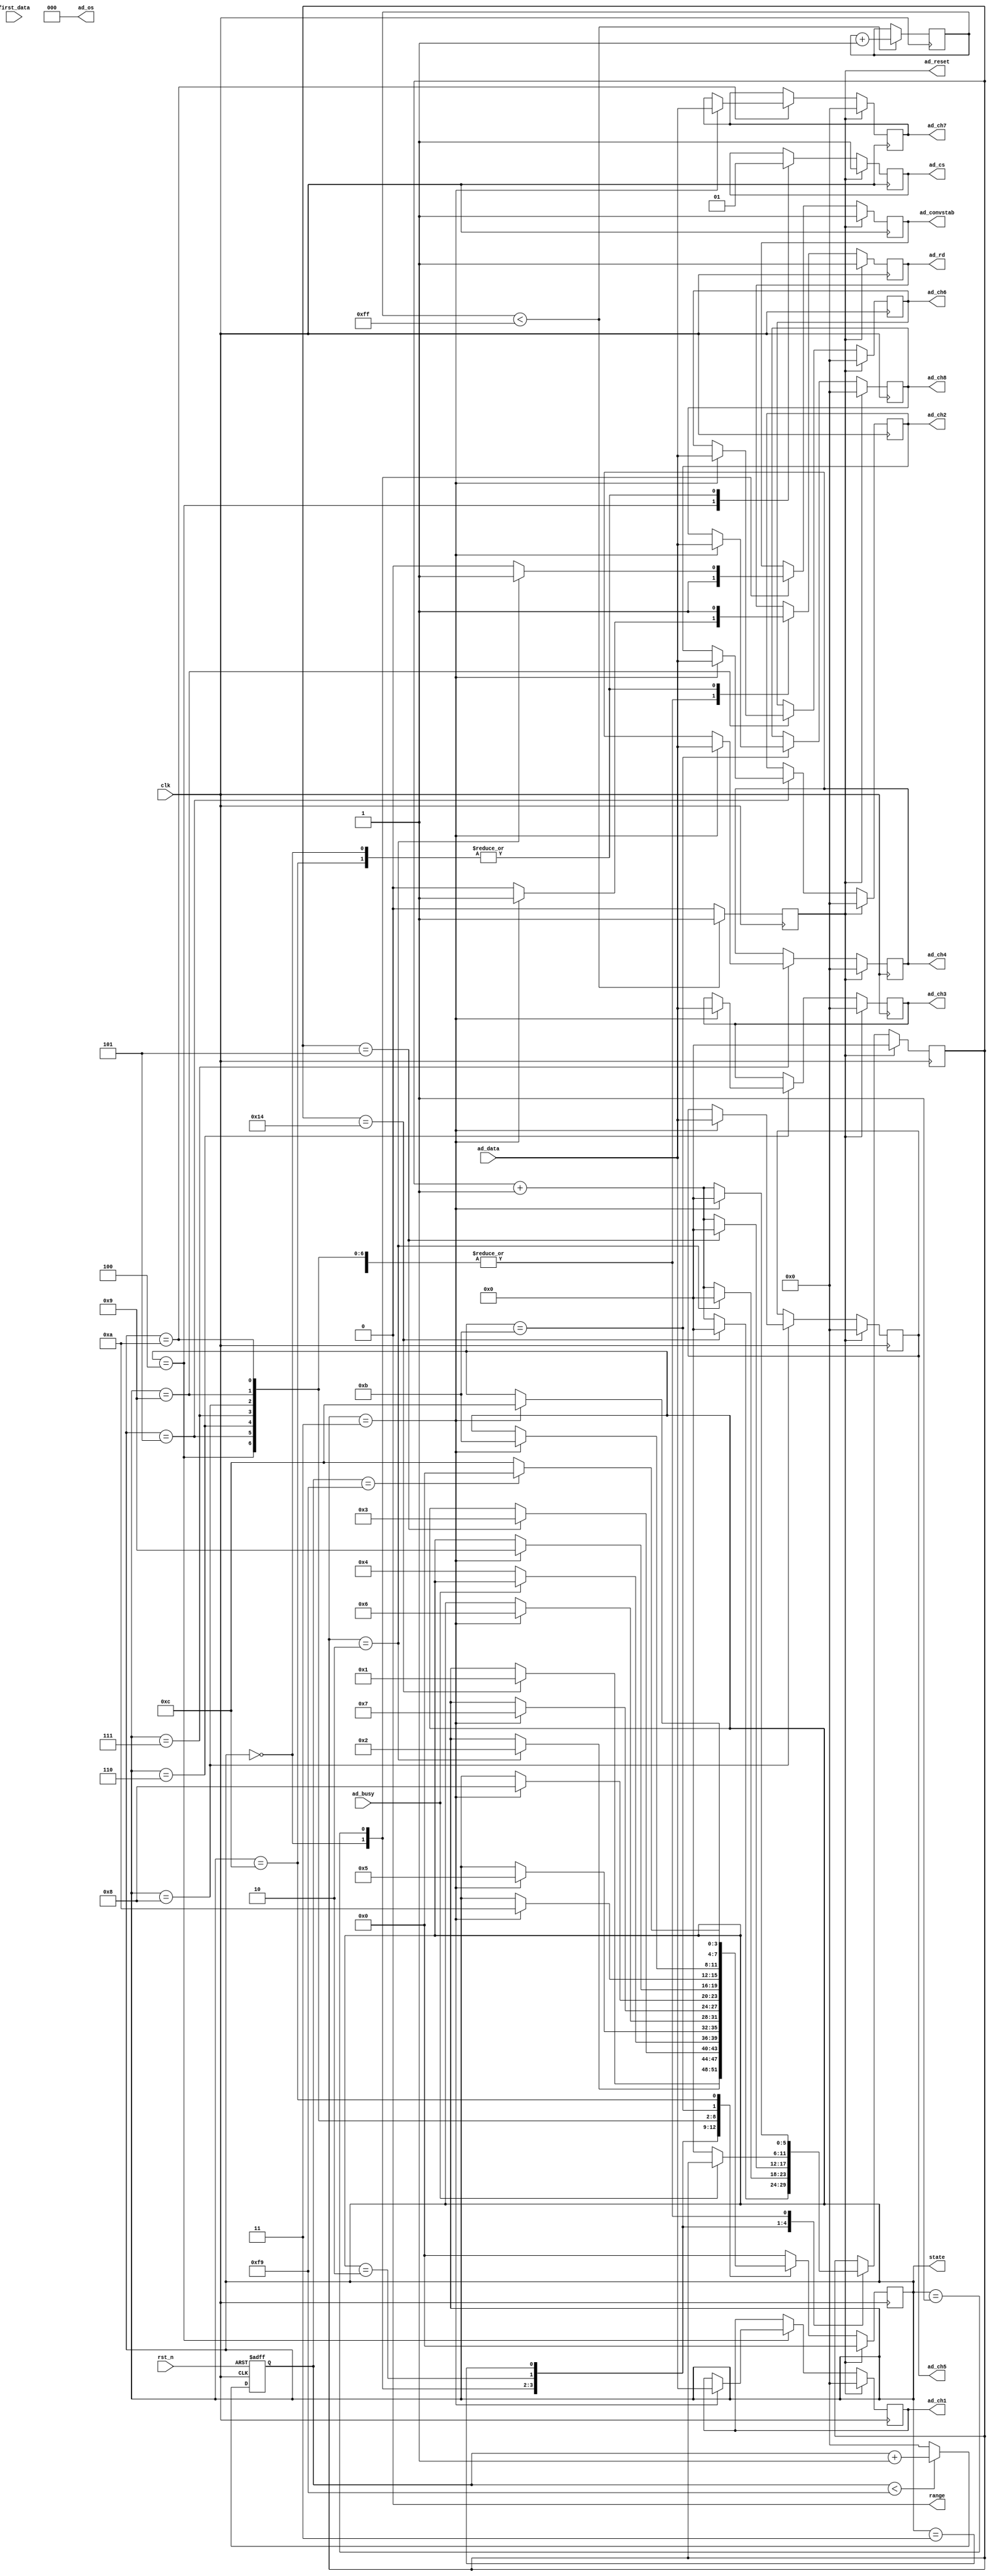
`timescale 1ns / 1ns
//////////////////////////////////////////////////////////////////////////////////
// Module Name:    ad7606 
//////////////////////////////////////////////////////////////////////////////////
module ad7606_qudong(
   input        		clk,                  //50mhz
	input        		rst_n,
	
	input [15:0] 		ad_data,            //ad7606 
	input        		ad_busy,            //ad7606 
   input        		first_data,         //ad7606   
	
	output [2:0] 		ad_os,              //ad7606 
	output reg   		ad_cs,              //ad7606 AD cs
	output reg   		ad_rd,              //ad7606 AD data read
	output reg   		ad_reset,           //ad7606 AD reset
	output reg   		ad_convstab,         //ad7606 AD convert start
	output				range,				// -5 ~ +5v
	
	
	output reg [15:0]   ad_ch1,              //AD1
	output reg [15:0]   ad_ch2,              //AD2
	output reg [15:0]   ad_ch3,              //AD3
	output reg [15:0]   ad_ch4,              //AD4
	output reg [15:0]   ad_ch5,              //AD5
	output reg [15:0]   ad_ch6,              //AD6
	output reg [15:0]   ad_ch7,              //AD7
	output reg [15:0]   ad_ch8,              //AD8	
	output reg  [3:0]  state
			
	//output reg [3:0] cnt
 
    );


assign		range = 1'b0;
reg [7:0] cnt = 0 ;
reg [15:0] cnt50us = 0;
reg [5:0] i;
//reg [3:0] state;

parameter IDLE=4'd0;
parameter AD_CONV=4'd1;
parameter Wait_1=4'd2;
parameter Wait_busy=4'd3;
parameter READ_CH1=4'd4;
parameter READ_CH2=4'd5;
parameter READ_CH3=4'd6;
parameter READ_CH4=4'd7;
parameter READ_CH5=4'd8;
parameter READ_CH6=4'd9;
parameter READ_CH7=4'd10;
parameter READ_CH8=4'd11;
parameter READ_DONE=4'd12;
//parameter display=4'd13;

assign ad_os=3'b000;  //

//ad
always@(posedge clk)
 begin
    if(cnt<8'hff) begin
        cnt<=cnt+1'b1;
        ad_reset<=1'b1;
      end
      else
        ad_reset<=1'b0;  //ffad_reset     
   end
	
//	200K
always @(posedge clk or negedge rst_n) //50usad20K		//8
	begin
		if(rst_n == 0)
			cnt50us <= 0;
		else begin 				//20k	2499
			if(cnt50us < 16'd249)			//200k
				begin
					cnt50us <= cnt50us + 1'b1;
				end
			else
				cnt50us <= 0;
			end
	end

always @(posedge clk) 
 begin
	 if (ad_reset==1'b1) begin   //ad
			 state<=IDLE; 
			 ad_ch1<=0;
			 ad_ch2<=0;
			 ad_ch3<=0;
			 ad_ch4<=0;
			 ad_ch5<=0;
			 ad_ch6<=0;
			 ad_ch7<=0;
			 ad_ch8<=0;
			 ad_cs<=1'b1;
			 ad_rd<=1'b1; 
			 ad_convstab<=1'b1;   //8
			 i<=0;
	 end		 
	 else begin
		  case(state)     //need time:(20+2+5+1+3*8+1)*20ns=1060ns, fmax=1/1060ns=1MHZ
		  IDLE: begin
				 ad_cs<=1'b1;
				 ad_rd<=1'b1; 
				 ad_convstab<=1'b1; 
				 if(i==20) begin        //20
					 i<=0;			 
					 state<=AD_CONV;
				 end
				 else 
					 i<=i+1'b1;
		  end
		  AD_CONV: begin	   
				 if(i==2) begin                        //2lockconvstab25ns
					 i<=0;			 
					 state<=Wait_1;
					 ad_convstab<=1'b1;       				 
				 end
				 else begin
					 i<=i+1'b1;
					 ad_convstab<=1'b0;                     //AD
				 end
		  end
		  Wait_1: begin            
				 if(i==5) begin                           //5clock, busy(tconv)
					 i<=0;
					 state<=Wait_busy;
				 end
				 else 
					 i<=i+1'b1;
		  end		 
		  Wait_busy: begin            
				 if(ad_busy==1'b0) begin                    //busy  
					 i<=0;			 
					 state<=READ_CH1;
				 end
		  end
		  READ_CH1: begin 
				 ad_cs<=1'b0;                              //cs  8
				 if(i==3) begin                            // 31
					 ad_rd<=1'b1;
					 i<=0;
					 ad_ch1<=ad_data;                        //CH1
					 state<=READ_CH2;				 
				 end
				 else begin
					 ad_rd<=1'b0;	
					 i<=i+1'b1;
				 end
		  end
		  READ_CH2: begin 
				 if(i==3) begin
					 ad_rd<=1'b1;
					 i<=0;
					 ad_ch2<=ad_data;                        //CH2
					 state<=READ_CH3;				 
				 end
				 else begin
					 ad_rd<=1'b0;	
					 i<=i+1'b1;
				 end
		  end
		  READ_CH3: begin 
				 if(i==3) begin
					 ad_rd<=1'b1;
					 i<=0;
					 ad_ch3<=ad_data;                        //CH3
					 state<=READ_CH4;				 
				 end
				 else begin
					 ad_rd<=1'b0;	
					 i<=i+1'b1;
				 end
		  end
		  READ_CH4: begin 
				 if(i==3) begin
					 ad_rd<=1'b1;
					 i<=0;
					 ad_ch4<=ad_data;                        //CH4
					 state<=READ_CH5;				 
				 end
				 else begin
					 ad_rd<=1'b0;	
					 i<=i+1'b1;
				 end
		  end
		  READ_CH5: begin 
				 if(i==3) begin
					 ad_rd<=1'b1;
					 i<=0;
					 ad_ch5<=ad_data;                        //CH5
					 state<=READ_CH6;				 
				 end
				 else begin
					 ad_rd<=1'b0;	
					 i<=i+1'b1;
				 end
		  end
		  READ_CH6: begin 
				 if(i==3) begin
					 ad_rd<=1'b1;
					 i<=0;
					 ad_ch6<=ad_data;                        //CH6
					 state<=READ_CH7;				 
				 end
				 else begin
					 ad_rd<=1'b0;	
					 i<=i+1'b1;
				 end
		  end
		  READ_CH7: begin 
				 if(i==3) begin
					 ad_rd<=1'b1;
					 i<=0;
					 ad_ch7<=ad_data;                        //CH7
					 state<=READ_CH8;				 
				 end
				 else begin
					 ad_rd<=1'b0;	
					 i<=i+1'b1;
				 end
		  end
		  READ_CH8: begin 
				 if(i==3) begin
					 ad_rd<=1'b1;
					 i<=0;
					 ad_ch8<=ad_data;                        //CH8
					 state<=READ_DONE;				 
				 end
				 else begin
					 ad_rd<=1'b0;	
					 i<=i+1'b1;
				 end
		  end
		  READ_DONE:begin                                 //idle
					 ad_rd<=1'b1;	 
					 ad_cs<=1'b1;
					 if(cnt50us == 16'd249)  					  //ad1280ns781.25Kad200K
						state<=IDLE;
					else
						state<=READ_DONE;
		  end		
		  default:	state<=IDLE;
		  endcase	
    end	  
				 
 end

endmodule